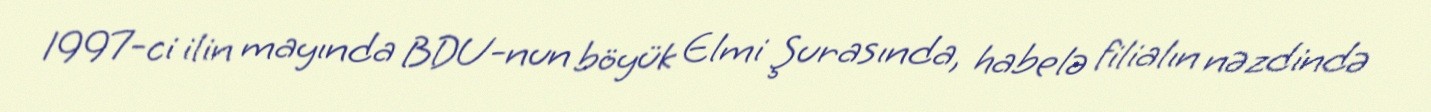
1997-ci ilin mayında BDU-nun böyük Elmi Şurasında, habelə filialın nəzdində